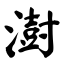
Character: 澍